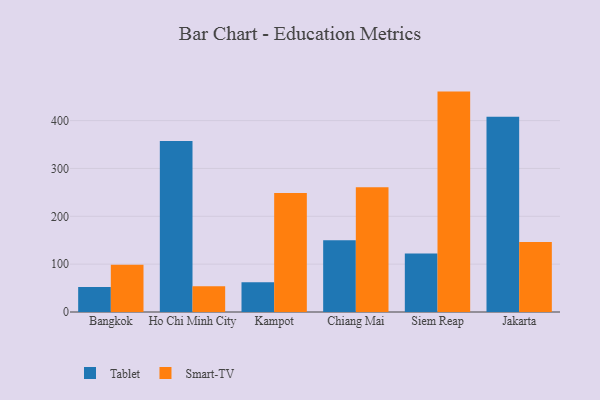
{"axis": {"x": "City", "y": "Gross Profit (USD K)"}, "legend": ["Smart-TV", "Tablet"], "data": [{"x": "Bangkok", "y": 52.1, "type": "Tablet"}, {"x": "Bangkok", "y": 99.0, "type": "Smart-TV"}, {"x": "Ho Chi Minh City", "y": 357.5, "type": "Tablet"}, {"x": "Ho Chi Minh City", "y": 54.0, "type": "Smart-TV"}, {"x": "Kampot", "y": 62.4, "type": "Tablet"}, {"x": "Kampot", "y": 248.5, "type": "Smart-TV"}, {"x": "Chiang Mai", "y": 149.7, "type": "Tablet"}, {"x": "Chiang Mai", "y": 260.5, "type": "Smart-TV"}, {"x": "Siem Reap", "y": 122.5, "type": "Tablet"}, {"x": "Siem Reap", "y": 460.6, "type": "Smart-TV"}, {"x": "Jakarta", "y": 408.3, "type": "Tablet"}, {"x": "Jakarta", "y": 146.4, "type": "Smart-TV"}]}